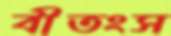
বীতংস